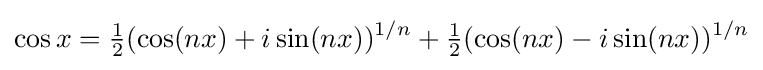
\cos x={\tfrac {1}{2}}(\cos(nx)+i\sin(nx))^{1/n}+{\tfrac {1}{2}}(\cos(nx)-i\sin(nx))^{1/n}